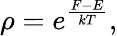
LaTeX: \rho=e^{\frac{F-E}{kT}},